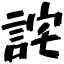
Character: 詫